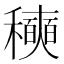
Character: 𰨾